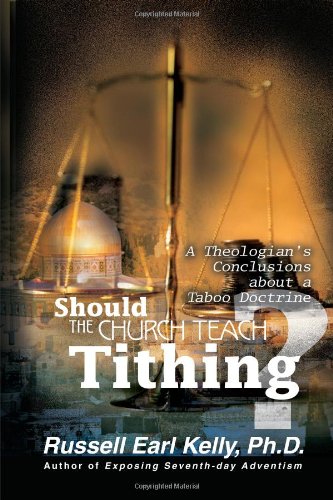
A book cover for Should the Church Teach Tithing? A Theologian's Conclusions about a Taboo Doctrine; Russell Earl Kelly; Christian Books & Bibles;